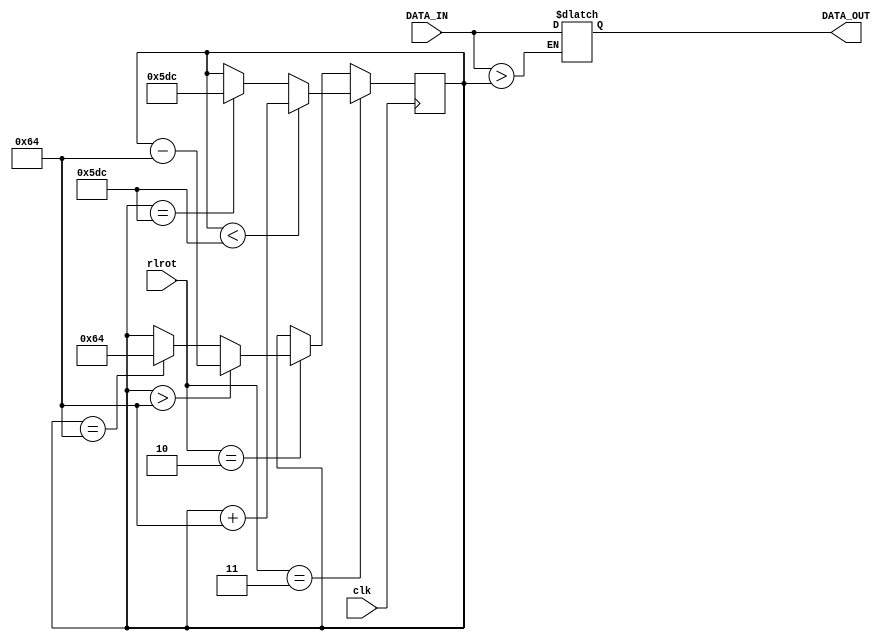
`timescale 1ns / 1ps
//////////////////////////////////////////////////////////////////////////////////
// Company: 
// Engineer: 
// 
// Design Name: 
// Module Name:    overdrive 
// Project Name: 
// Target Devices: 
// Tool versions: 
// Description: 
//
// Dependencies: 
//
// Revision: 
// Revision 0.01 - File Created
// Additional Comments: 
//
//////////////////////////////////////////////////////////////////////////////////
module overdrive(clk, rlrot, DATA_IN, DATA_OUT);
input clk;
input [1:0] rlrot;
input[0:11] DATA_IN;
output reg[0:11] DATA_OUT;

reg[0:11] THRES = 800;

always@(posedge clk)
begin
	if(rlrot == 2'b11) //u desno
		begin
			if(THRES < 1500)begin
				THRES <= THRES + 100;
			end
			
			else if(THRES == 1500)begin
				THRES <= 1500;
			end
		end
	else if(rlrot == 2'b10) //u livo
		begin
			if(THRES > 100)begin
				THRES <= THRES - 100;
			end
			
			else if(THRES == 100)begin
				THRES <= 100;
			end
		end
end

always@(DATA_IN or THRES)
begin
	if(DATA_IN > THRES)
		DATA_OUT <= DATA_OUT;
	else
		DATA_OUT <= DATA_IN;
end

endmodule